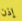
إذن